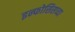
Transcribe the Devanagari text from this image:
इन्फोसिसच्या